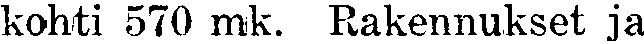
kohti 570 mk. Rakennukset ja